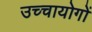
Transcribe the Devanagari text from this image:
उच्चायोगों